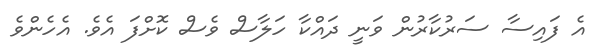
އެ ފައިސާ ސަރުކާރުން ވަނީ ދައްކާ ހަލާސް ވެސް ކޮށްފަ އެވެ. އެހެންވެ